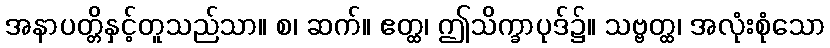
အနာပတ္တိနှင့်တူသည်သာ။ စ၊ ဆက်။ ဧတ္ထ၊ ဤသိက္ခာပုဒ်၌။ သဗ္ဗတ္ထ၊ အလုံးစုံသော